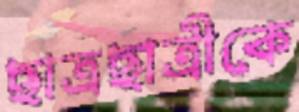
ছাত্রছাত্রীকে